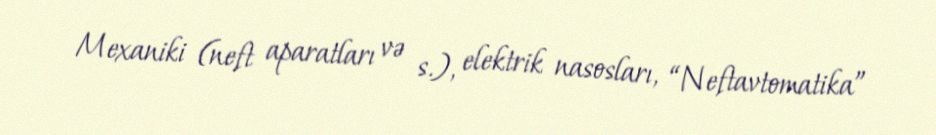
Mexaniki (neft aparatları və s.), elektrik nasosları, “Neftavtomatika”